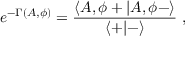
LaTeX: e ^ { - \Gamma ( A , \phi ) } = { \frac { \langle A , \phi + \vert A , \phi - \rangle } { \langle + \vert - \rangle } } \ ,